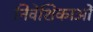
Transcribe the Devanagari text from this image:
निवेशिकाओं